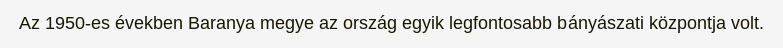
Az 1950-es években Baranya megye az ország egyik legfontosabb bányászati központja volt.